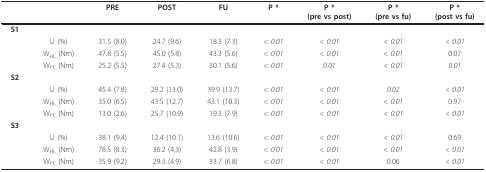
<table><thead><tr><td></td><td></td><td><b>PRE</b></td><td><b>POST</b></td><td><b>FU</b></td><td><b>P *</b></td><td><b>P *(pre vs post)</b></td><td><b>P *(pre vs fu)</b></td><td><b>P *(post vs fu)</b></td></tr></thead><tbody><tr><td><b>S1</b></td><td></td><td></td><td></td><td></td><td></td><td></td><td></td><td></td></tr><tr><td></td><td>U (%)</td><td>31.5 (8.0)</td><td>24.7 (9.6)</td><td>18.3 (7.3)</td><td><i>&lt; 0.01</i></td><td><i>&lt; 0.01</i></td><td><i>&lt; 0.01</i></td><td><i>&lt; 0.01</i></td></tr><tr><td></td><td>W<sub>HL </sub>(Nm)</td><td>47.8 (5.5)</td><td>45.0 (5.8)</td><td>43.3 (5.6)</td><td><i>&lt; 0.01</i></td><td><i>&lt; 0.01</i></td><td><i>&lt; 0.01</i></td><td>0.07</td></tr><tr><td></td><td>W<sub>PL </sub>(Nm)</td><td>25.2 (5.5)</td><td>27.4 (5.3)</td><td>30.1 (5.6)</td><td><i>&lt; 0.01</i></td><td><i>0.01</i></td><td><i>&lt; 0.01</i></td><td><i>0.01</i></td></tr><tr><td><b>S2</b></td><td></td><td></td><td></td><td></td><td></td><td></td><td></td><td></td></tr><tr><td></td><td>U (%)</td><td>45.4 (7.8)</td><td>29.2 (13.0)</td><td>39.9 (13.7)</td><td><i>&lt; 0.01</i></td><td><i>&lt; 0.01</i></td><td><i>0.02</i></td><td><i>&lt; 0.01</i></td></tr><tr><td></td><td>W<sub>HL </sub>(Nm)</td><td>35.0 (6.5)</td><td>43.5 (12.7)</td><td>43.1 (10.3)</td><td><i>&lt; 0.01</i></td><td><i>&lt; 0.01</i></td><td><i>&lt; 0.01</i></td><td>0.97</td></tr><tr><td></td><td>W<sub>PL </sub>(Nm)</td><td>13.0 (2.6)</td><td>25.7 (10.9)</td><td>19.3 (7.9)</td><td><i>&lt; 0.01</i></td><td><i>&lt; 0.01</i></td><td><i>&lt; 0.01</i></td><td><i>&lt; 0.01</i></td></tr><tr><td><b>S3</b></td><td></td><td></td><td></td><td></td><td></td><td></td><td></td><td></td></tr><tr><td></td><td>U (%)</td><td>38.1 (9.4)</td><td>12.4 (10.1)</td><td>13.6 (10.6)</td><td><i>&lt; 0.01</i></td><td><i>&lt; 0.01</i></td><td><i>&lt; 0.01</i></td><td>0.69</td></tr><tr><td></td><td>W<sub>HL </sub>(Nm)</td><td>78.5 (8.3)</td><td>36.2 (4.3)</td><td>42.8 (3.9)</td><td><i>&lt; 0.01</i></td><td><i>&lt; 0.01</i></td><td><i>&lt; 0.01</i></td><td><i>&lt; 0.01</i></td></tr><tr><td></td><td>W<sub>PL </sub>(Nm)</td><td>35.9 (9.2)</td><td>29.3 (4.9)</td><td>33.7 (6.8)</td><td><i>&lt; 0.01</i></td><td><i>&lt; 0.01</i></td><td>0.06</td><td><i>&lt; 0.01</i></td></tr></tbody></table>